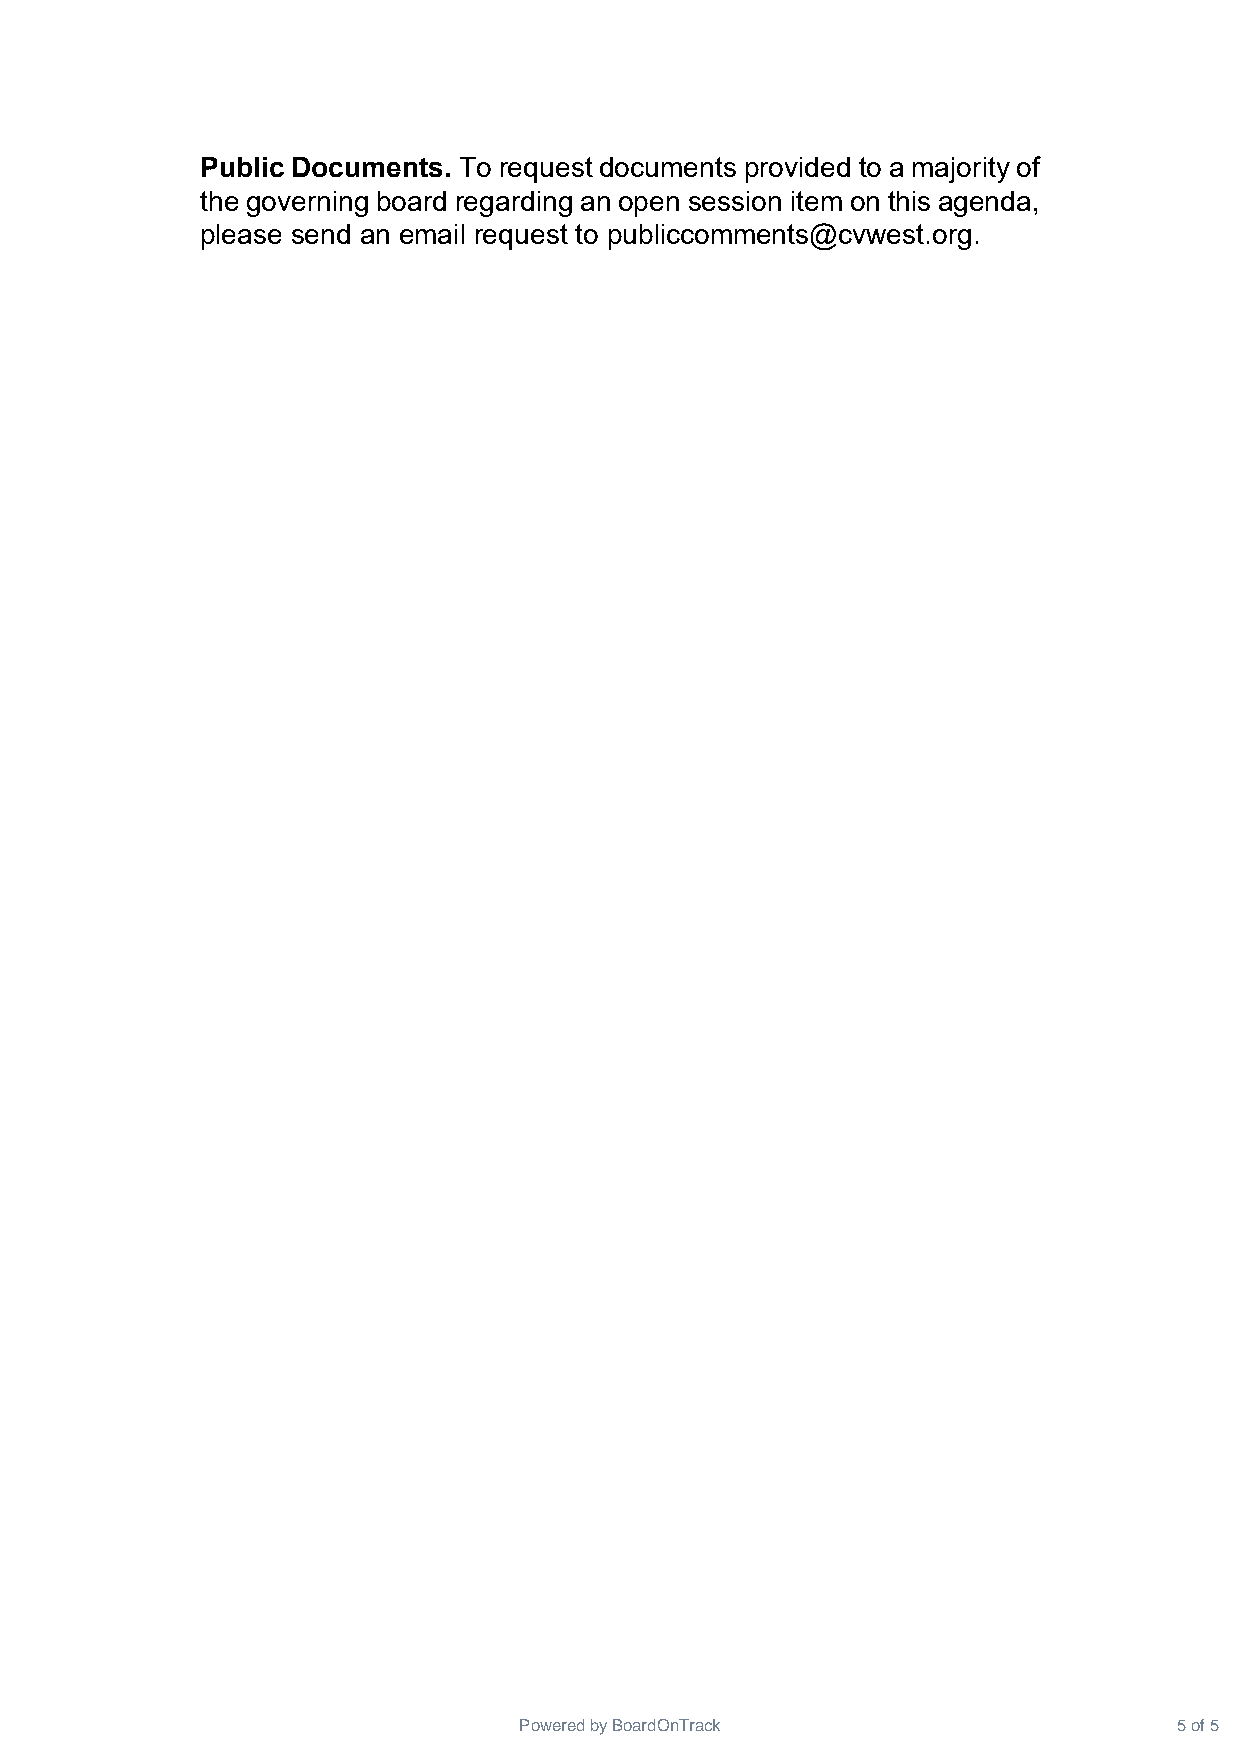
Public Documents. To request documents provided to a majority of
 the governing board regarding an open session item on this agenda,
 please send an email request to publiccomments@cvwest.org.
 Powered by BoardOnTrack                     5 of 5